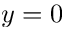
y = 0